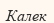
Калек